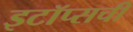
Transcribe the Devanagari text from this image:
इटॉप्सची